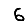
Digit: 6